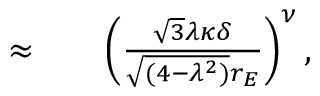
\begin{array} { r l r } { \approx } & { { } } & { \left( \frac { \sqrt { 3 } \lambda \kappa \delta } { \sqrt { ( 4 - \lambda ^ { 2 } ) } r _ { E } } \right) ^ { \nu } , } \end{array}